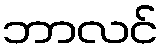
ဘာလင်